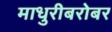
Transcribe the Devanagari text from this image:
माधुरीबरोबर